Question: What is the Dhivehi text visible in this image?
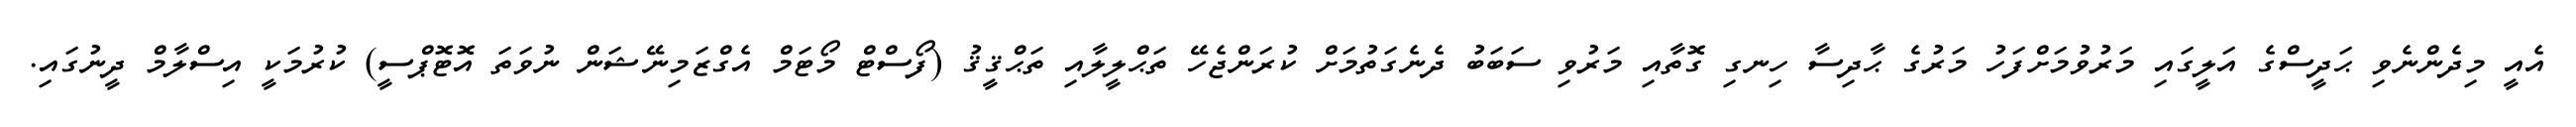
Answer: އެއީ މިދެންނެވި ޙަދީސްގެ އަލީގައި މަރުވުމަށްފަހު މަރުގެ ޙާދިސާ ހިނގި ގޮތާއި މަރުވި ސަބަބު ދެނެގަތުމަށް ކުރަންޖެހޭ ތަޙްލީލާއި ތަޙްޤީޤު (ފޯސްޓް މޯޓަމް އެގްޒަމިނޭޝަން ނުވަތަ އޮޓޮޕްސީ) ކުރުމަކީ އިސްލާމް ދީނުގައި.